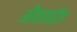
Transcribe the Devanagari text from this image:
औवरसीज़